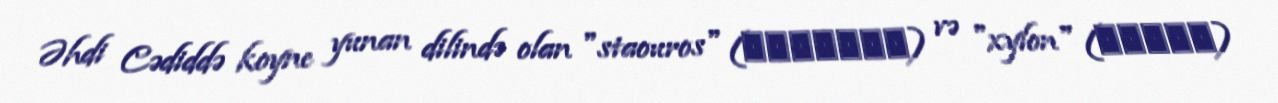
Əhdi Cədiddə koyne yunan dilində olan "staouros" (σταυρός) və "xylon" (ξύλον)